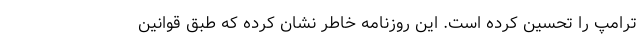
ترامپ را تحسین کرده است. این روزنامه خاطر نشان کرده که طبق قوانین